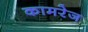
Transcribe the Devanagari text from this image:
कामरेज